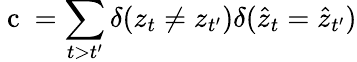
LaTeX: \mathrm{~c~}=\sum_{t>t^{\prime}}\delta(z_{t}\neq z_{t^{\prime}})\delta(\hat{z}_{t}=\hat{z}_{t^{\prime}})